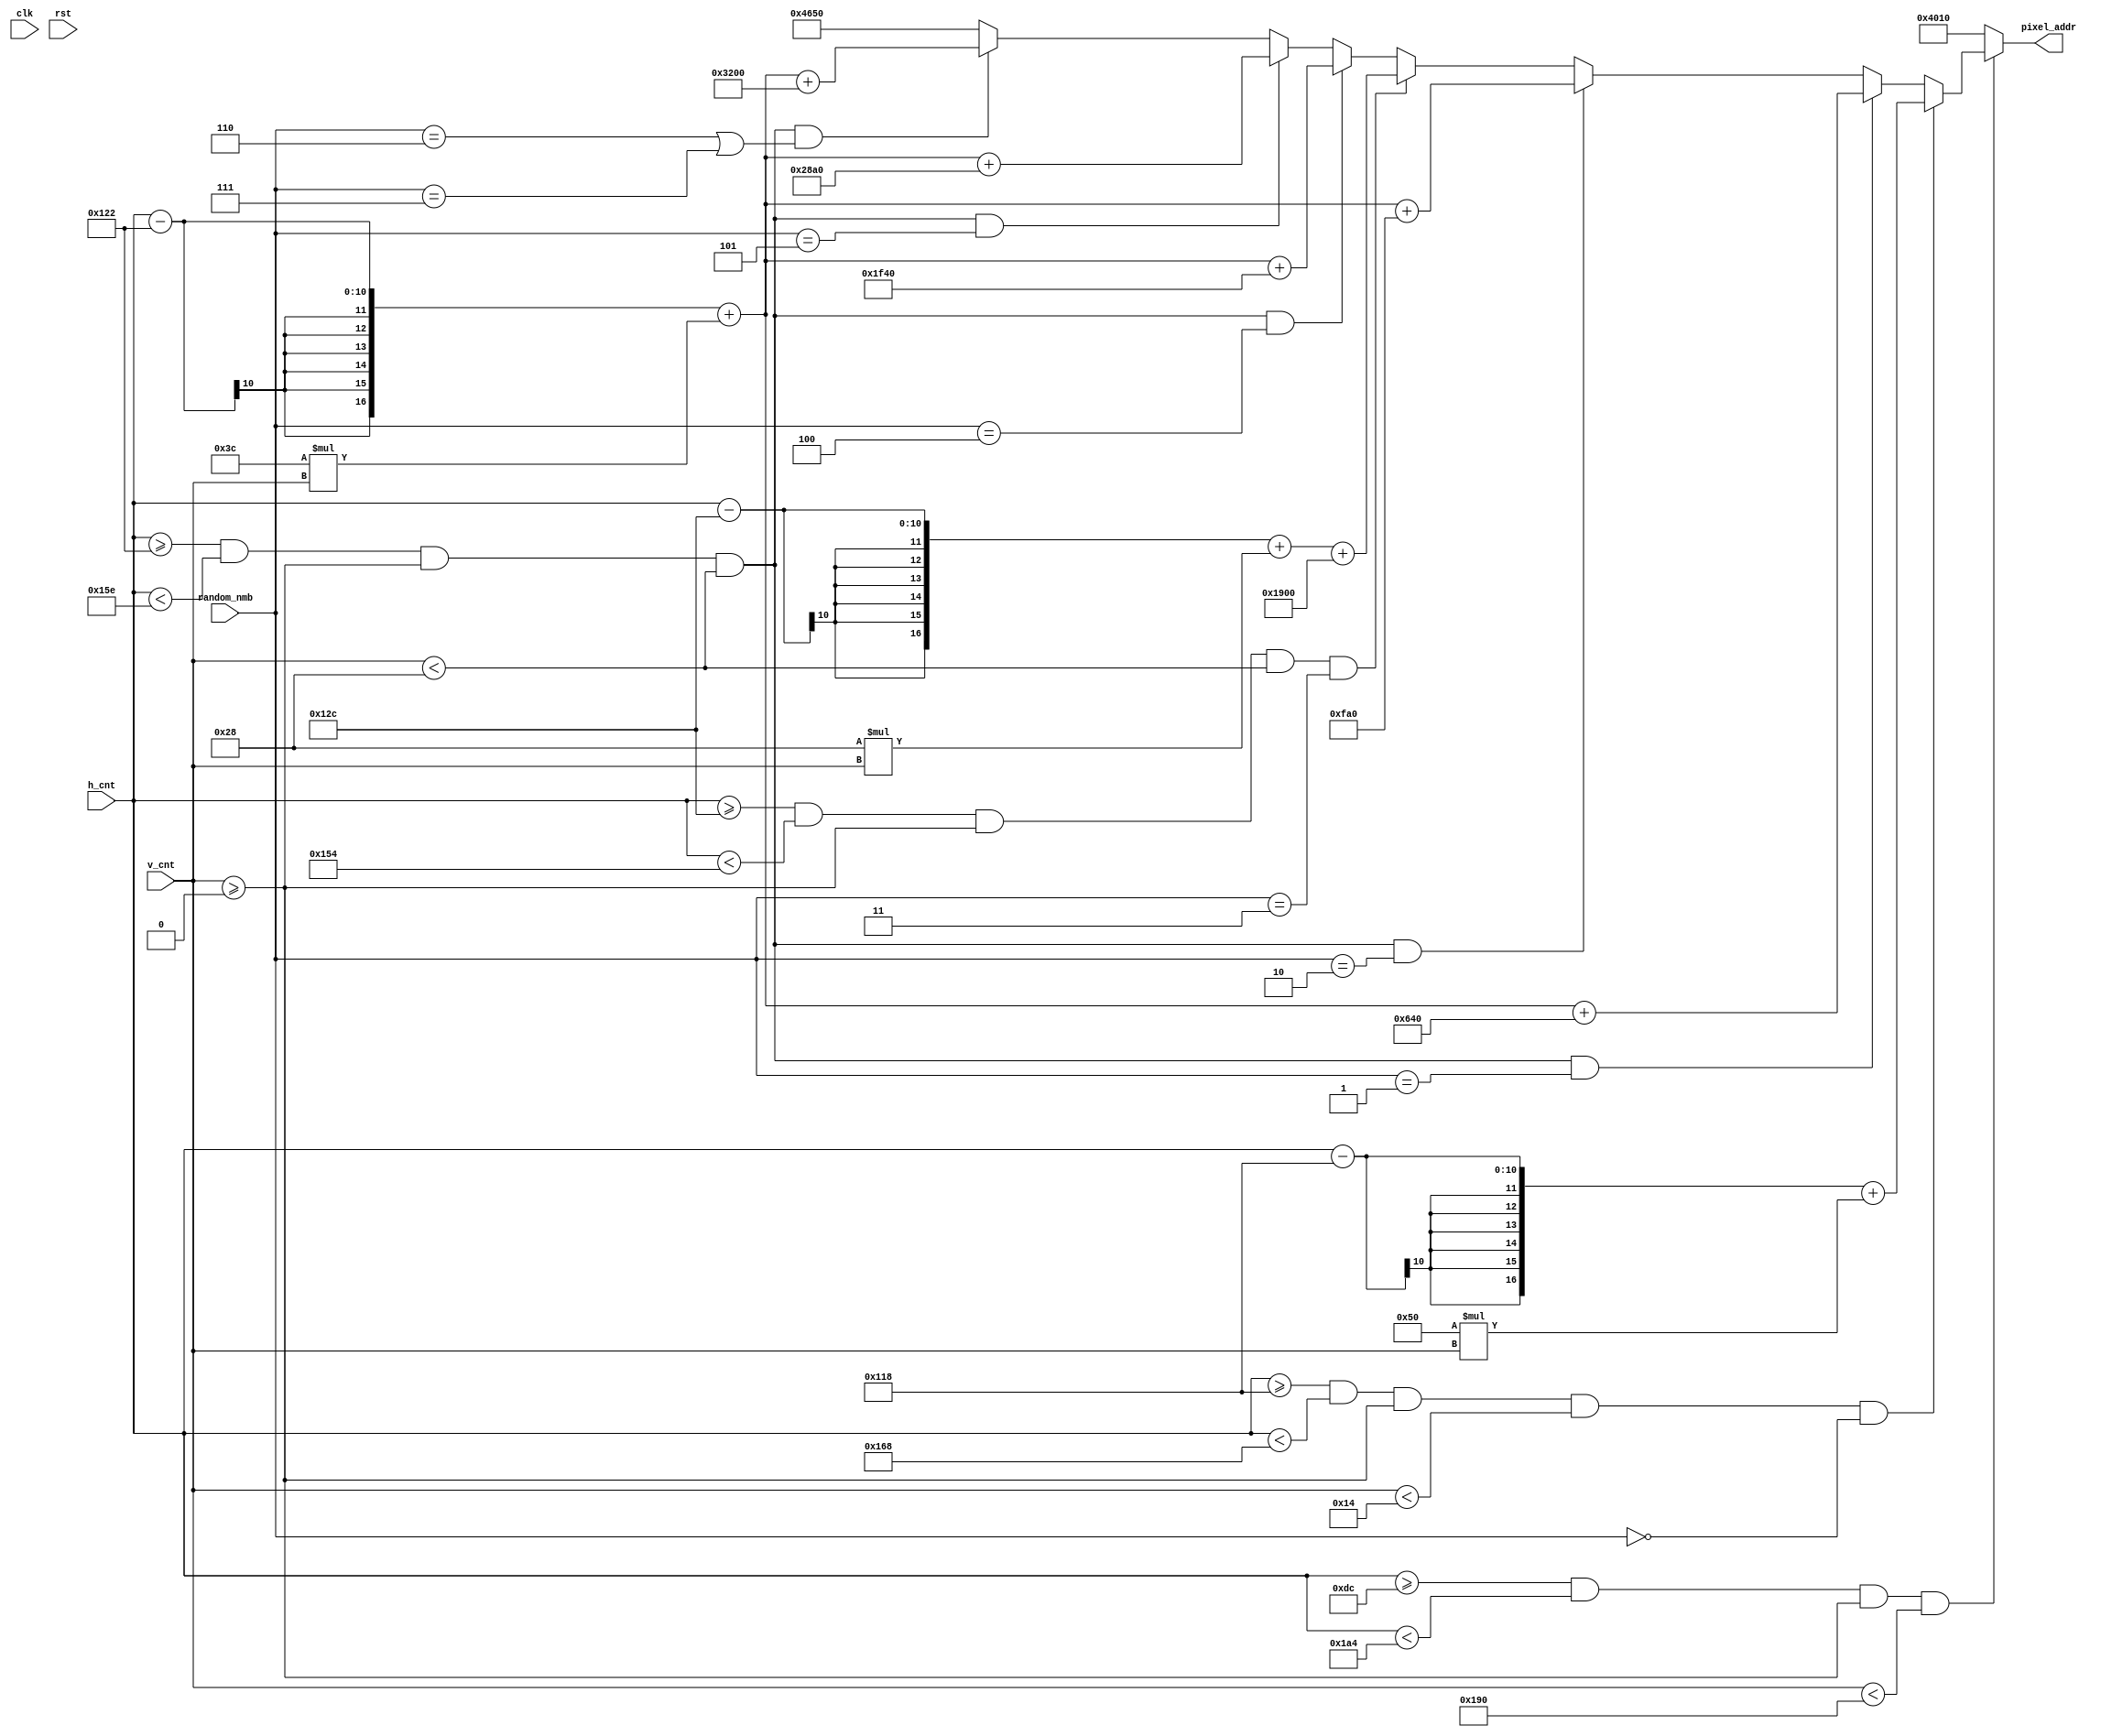
module mem_addr_gen(
  input clk,
  input rst,
  input [9:0] h_cnt,
  input [9:0] v_cnt,
  input [2:0] random_nmb,
  output reg [16:0] pixel_addr
);
    
reg [7:0] position;

//assign pixel_addr = ((h_cnt>>1)+320*(v_cnt>>1)+ position*320 )% 76800;  //640*480 --> 320*240 

always@*
    if (h_cnt >= 220 && h_cnt < 420 && v_cnt >= 0 && v_cnt < 400) begin
        if (h_cnt >= 280 && h_cnt < 360 && v_cnt >= 0 && v_cnt < 20 && random_nmb == 3'b000) 
            pixel_addr = (h_cnt - 280) + 80 * v_cnt;
        else if (h_cnt >= 290 && h_cnt < 350 && v_cnt >= 0 && v_cnt < 40 && random_nmb == 3'b001) 
            pixel_addr = (h_cnt - 290) + 60 * v_cnt + 1600;                                     
        else if (h_cnt >= 290 && h_cnt < 350 && v_cnt >= 0 && v_cnt < 40 && random_nmb == 3'b010) 
            pixel_addr = (h_cnt - 290) + 60 * v_cnt + 4000;
        else if (h_cnt >= 300 && h_cnt < 340 && v_cnt >= 0 && v_cnt < 40 && random_nmb == 3'b011)
            pixel_addr = (h_cnt - 300) + 40 * v_cnt + 6400;
        else if (h_cnt >= 290 && h_cnt < 350 && v_cnt >= 0 && v_cnt < 40 && random_nmb == 3'b100)
            pixel_addr = (h_cnt - 290) + 60 * v_cnt + 8000;
        else if (h_cnt >= 290 && h_cnt < 350 && v_cnt >= 0 && v_cnt < 40 && random_nmb == 3'b101)
            pixel_addr = (h_cnt - 290) + 60 * v_cnt + 10400;
        else if (h_cnt >= 290 && h_cnt < 350 && v_cnt >= 0 && v_cnt < 40 && (random_nmb == 3'b110 || random_nmb == 3'b111))
            pixel_addr = (h_cnt - 290) + 60 * v_cnt + 12800;    
        else
            pixel_addr = 18000; //white  
    end
    else
        pixel_addr = 16400; //black
  
endmodule